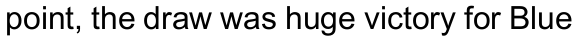
point, the draw was huge victory for Blue